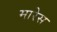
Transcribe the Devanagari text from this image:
मारेस